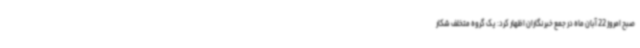
صبح امروز 22 آبان ماه در جمع خبرنگاران اظهار کرد: یک گروه متخلف شکار